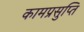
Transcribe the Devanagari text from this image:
कामप्रसुप्ति